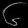
Digit: ၆